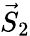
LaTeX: {\vec{S}}_{2}